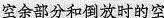
空余部分和倒放时的空